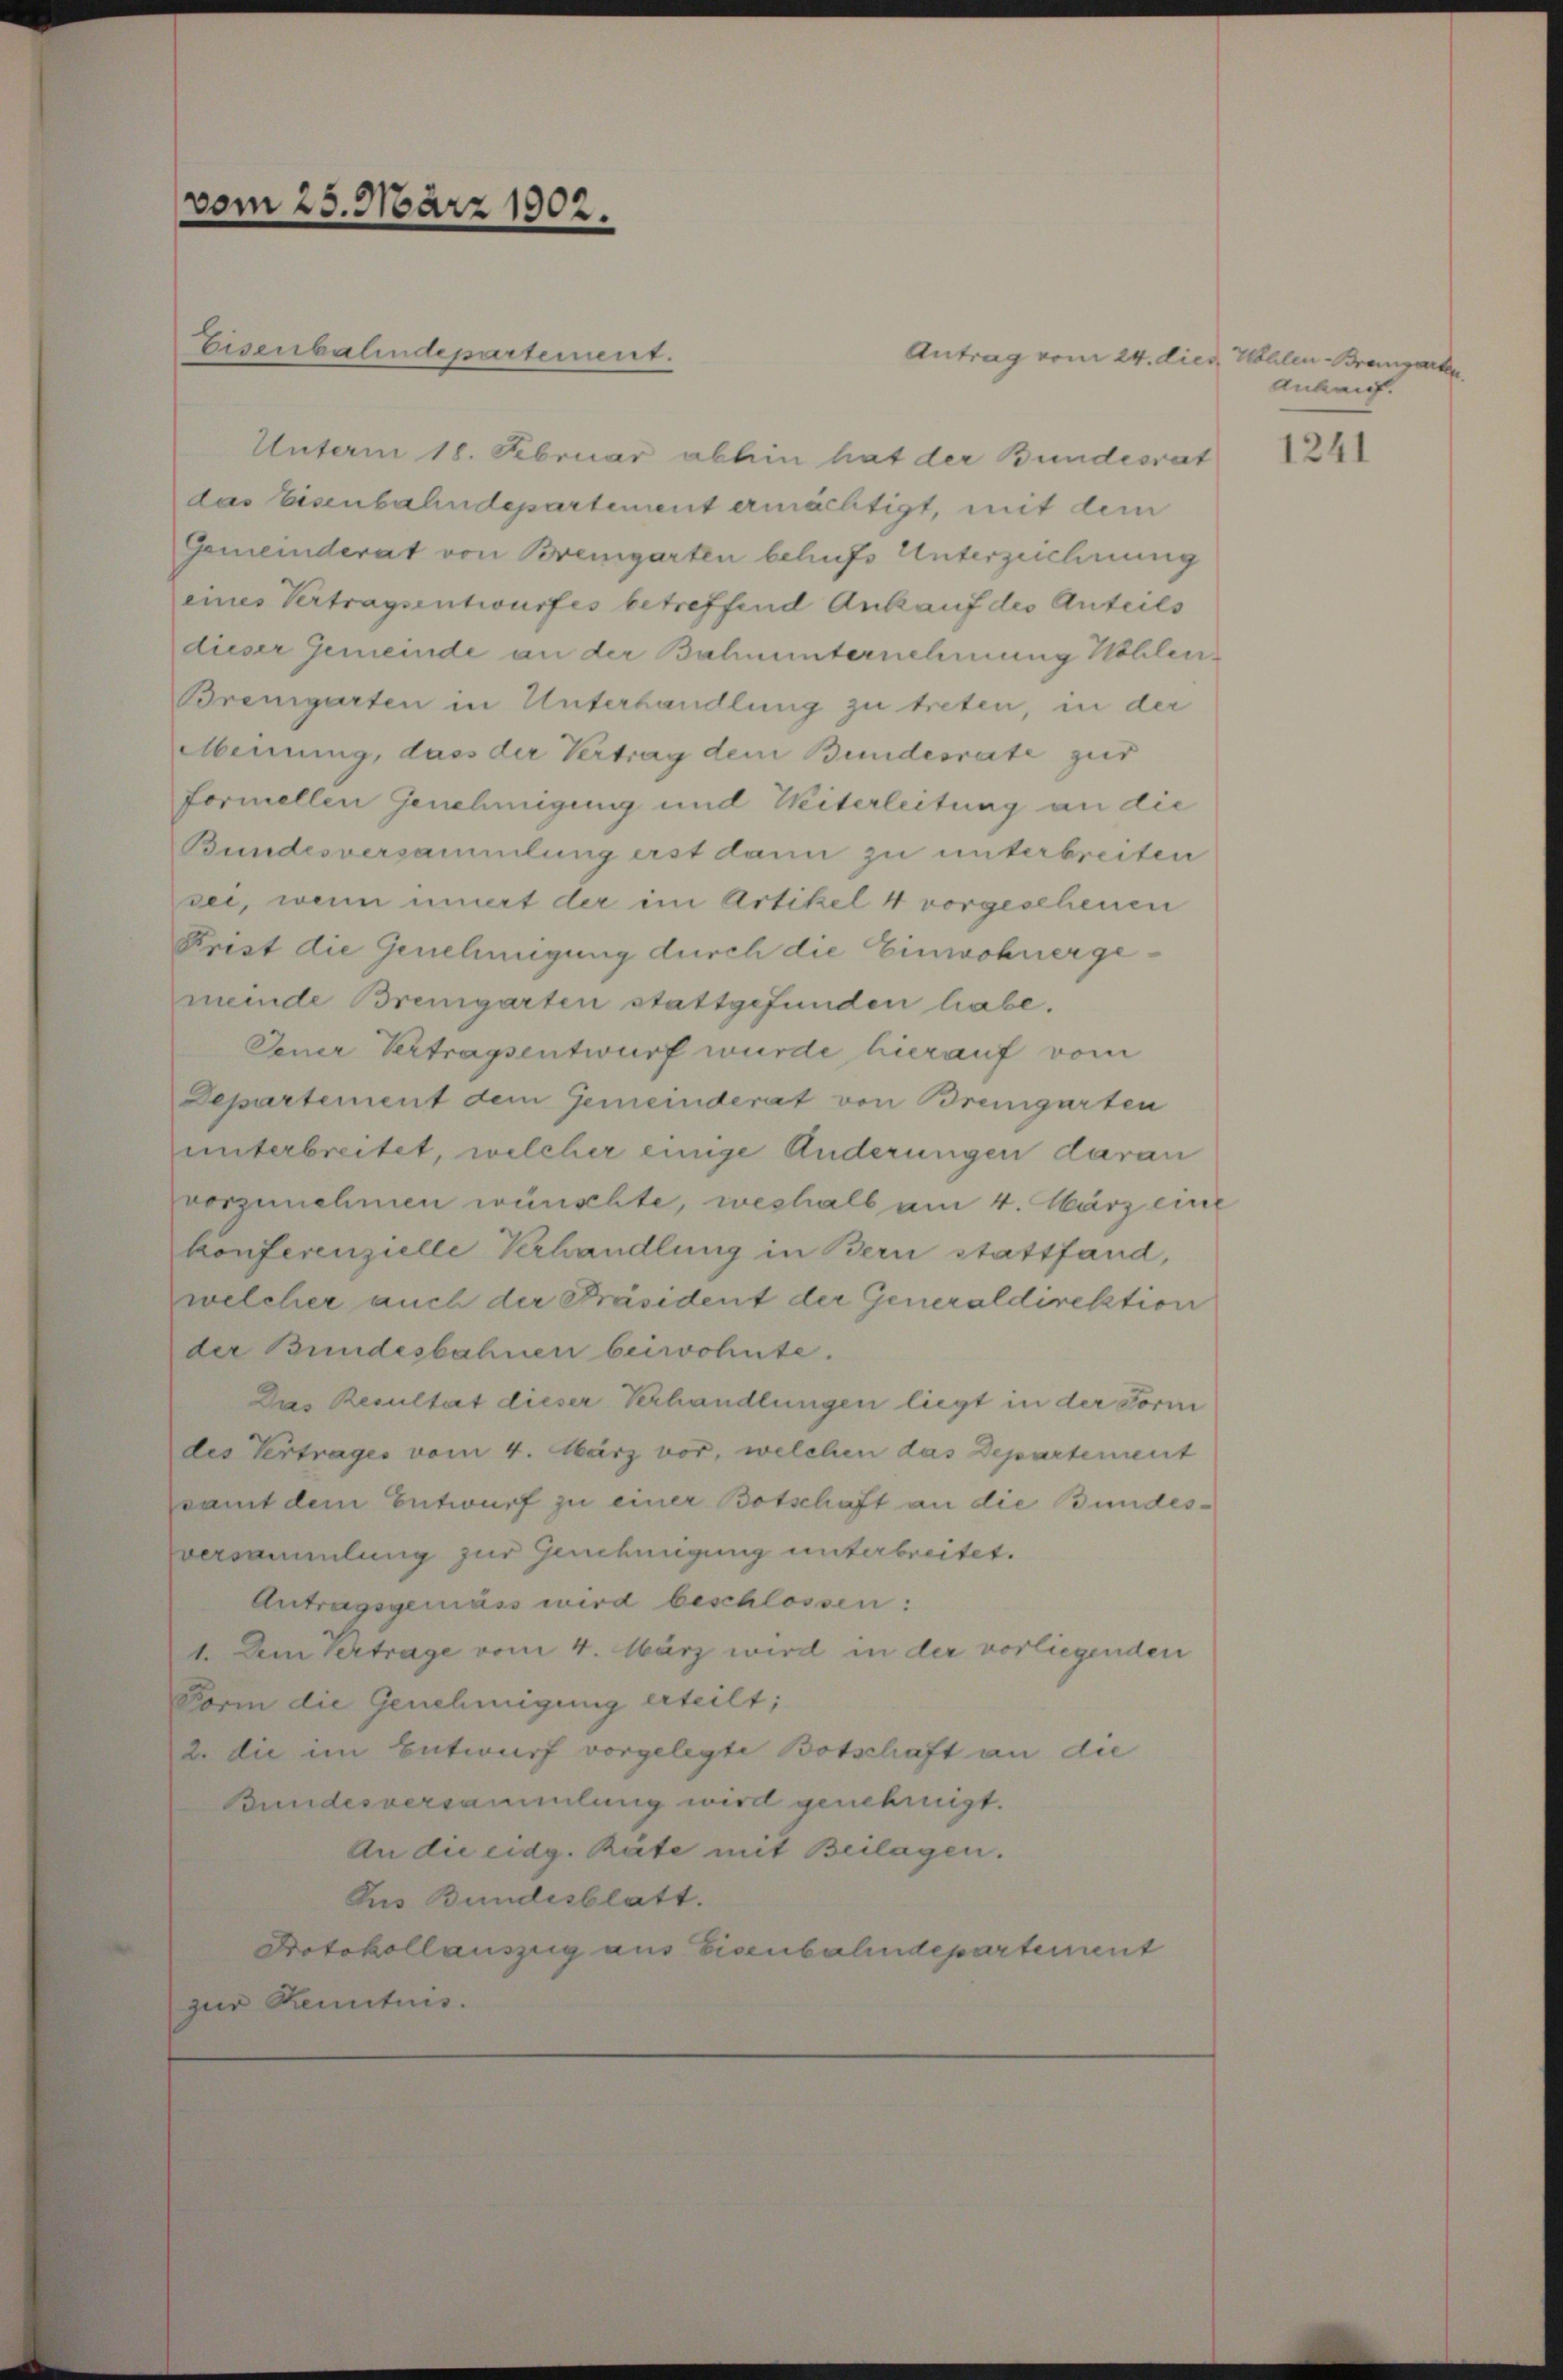
vom 25. März 1902.
Eisenbahndepartement.

Unterm 18. Februar abhin hat der Bundesrat
das Eisenbahndepartement ermächtigt, mit dem
Gemeinderat von Bremgarten behufs Unterzeichnung
eines Vertragsentwurfes betreffend Ankauf des Anteils
dieser Gemeinde an der Bahnunternehmung Hehlen¬
Bremgarten in Unterhandlung zu treten, in der
Meinung, dass der Vertrag dem Bundesrate zur
formellen Genehmigung und Weiterleitung an die
Bundesversammlung erst dann zu unterbreiten
see, wenn innert der im Artikel 4 vorgeschenen
Krist die Genehmigung durch die Einwohnergemeide Bremgarten stattgefunden habe.
Jener Vertragsentwurf wurde hierauf vom
Departement dem Gemeinderat von Bremgarten
unterbreitet, welcher einige Änderungen daran
vorzunehmen wünschte, weshalb am 4. März eine
konferenzielle Verhandlung in Bern stattfand,
welcher auch der Präsident der Generaldirektion
der Bundesbahnen beiwohnte.
Das Resultat dieser Verhandlungen liegt in der Form
des Vertrages vom 4. März vor, welchen das Departement
samt dem Entwurf zu einer Botschaft an die Bundesversammlung zur Genehmigung unterbreitet.
Antragsgemäss wird beschlossen:
1. Dem Bertrage vom 4. März wird in der vorliegenden
Form die Genehmigung erteilt;
2. die im Entwurf vorgelegte Botschaft an die
Bundesversammlung wird genehmigt.
An die eidg. Räte mit Beilagen.
Aus Bundesblatt.
Protokollauszug aus Eisenbahndepartement
zur Rentes.

Antrag vom 24. dies Helen-Branzarke

Ankauf.

1241